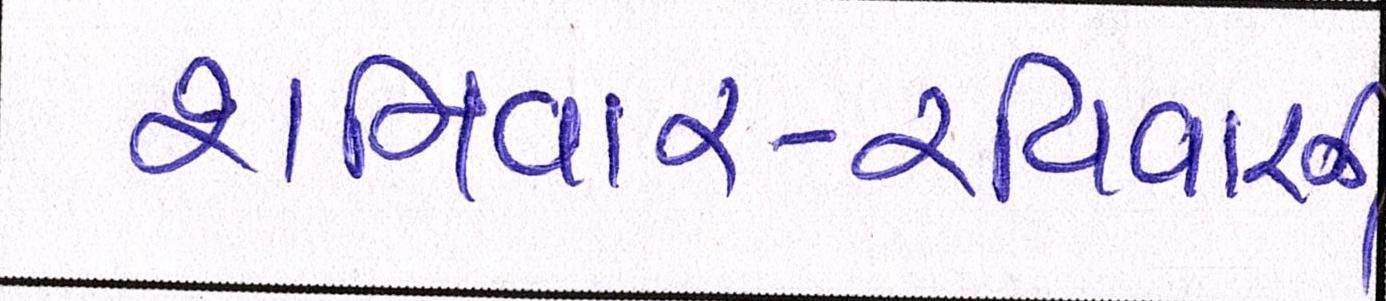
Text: શનિવાર-રવિવારની